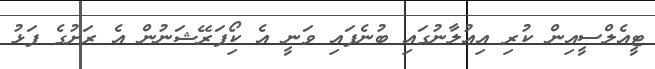
ޓީއެލްސީއިން ކުރި އިއުލާނުގައި ބުނެފައި ވަނީ އެ ކޯިޕަރޭޝަނުން އެ ރަށުގެ ފަޅު